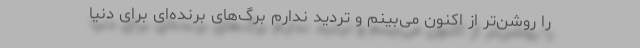
را روشن‌تر از اکنون می‌بینم و تردید ندارم برگ‌های برنده‌ای برای دنیا